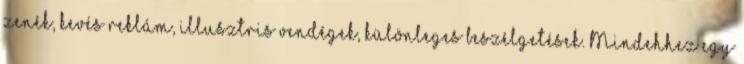
zenék, kevés reklám, illusztris vendégek, különleges beszélgetések. Mindehhez egy